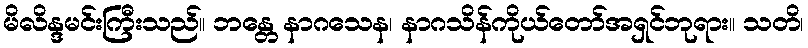
မိလိန္ဒမင်းကြီးသည်။ ဘန္တေ နာဂသေန၊ နာဂသိန်ကိုယ်တော်အရှင်ဘုရား။ သတိ၊